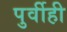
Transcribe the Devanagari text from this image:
पुर्वीही